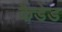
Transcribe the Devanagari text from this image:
कैडेड